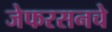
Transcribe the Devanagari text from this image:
जेफरसनचे